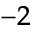
^ { - 2 }